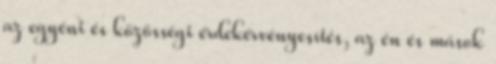
az egyéni és közösségi érdekérvényesítés, az én és mások